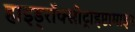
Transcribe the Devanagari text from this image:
हाइड्रॉक्सीट्राइप्टामाइन